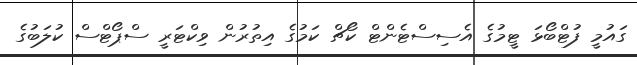
ގައުމީ ފުޓްބޯޅަ ޓީމުގެ އެސިސްޓެންޓް ކޯޗް ކަމުގެ އިތުރުން ވިކްޓަރީ ސްޕޯޓްސް ކުލަބުގެ